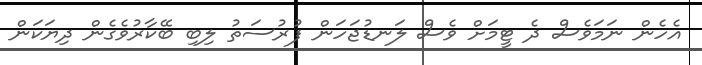
އެހެން ނަމަވެސް ދެ ޓީމަށް ވެސް ލަނޑުޖަހަން ފުރުސަތު ލިބި ބޭކާރުވެގެން ދިޔަކަން